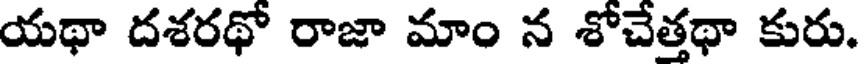
యథా దశరథో రాజా మాం న శోచేత్తథా కురు.